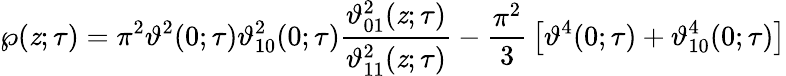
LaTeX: \wp(\mathit{z};\tau)=\pi^{2}\vartheta^{2}(0;\tau)\vartheta_{10}^{2}(0;\tau){\frac{{\vartheta_{01}^{2}(\mathit{z};\tau)}}{{\vartheta_{11}^{2}(\mathit{z};\tau)}}}-{\frac{{\pi^{2}}}{{3}}}\left[\vartheta^{4}(0;\tau)+\vartheta_{10}^{4}(0;\tau)\right]